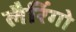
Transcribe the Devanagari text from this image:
लैरिंगो